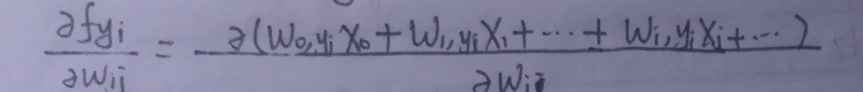
\[
\frac{\partial f y_{i}}{\partial w_{i j}}=\frac{\partial\left(w_{0, y_{i}} x_{0}+w_{1, y_{i}} x_{1}+\cdots+w_{i, y_{i}} x_{i}+\cdots\right)}{\partial w_{i j}}
\]